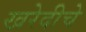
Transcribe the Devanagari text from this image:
खरेदीचे